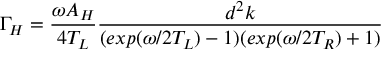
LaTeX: \Gamma _ { H } = \frac { \omega A _ { H } } { 4 T _ { L } } \frac { d ^ { 2 } k } { ( e x p ( \omega / 2 T _ { L } ) - 1 ) ( e x p ( \omega / 2 T _ { R } ) + 1 ) }